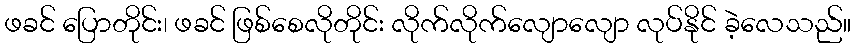
ဖခင် ပြောတိုင်း၊ ဖခင် ဖြစ်စေလိုတိုင်း လိုက်လိုက်လျောလျော လုပ်နိုင် ခဲ့လေသည်။